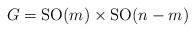
LaTeX: \begin{gather*}G={\rm SO}(m)\times {\rm SO}(n-m)\end{gather*}